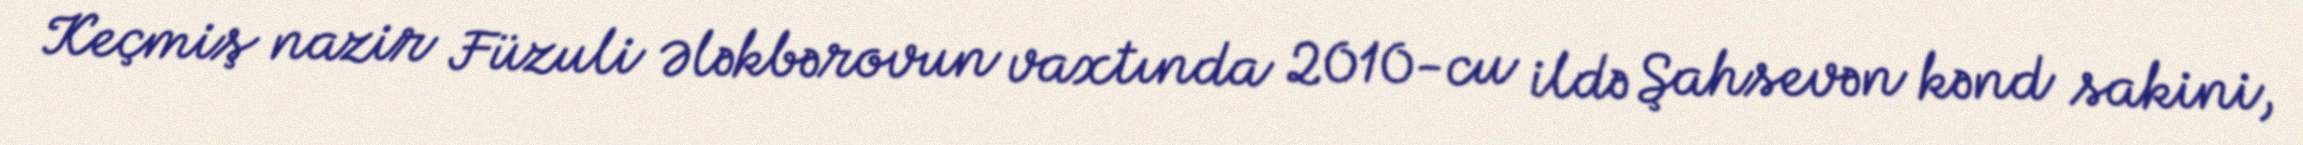
Keçmiş nazir Füzuli Ələkbərovun vaxtında 2010-cu ildə Şahsevən kənd sakini,